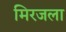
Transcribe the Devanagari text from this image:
मिरजला